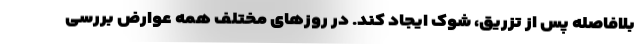
بلافاصله پس از تزریق، شوک ایجاد کند. در روزهای مختلف همه عوارض بررسی